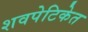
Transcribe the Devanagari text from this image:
शवपेटिकेत